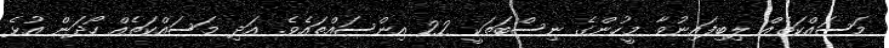
މަސައްކަތެއް ލިބިފައިނުވާ މީހުންގެ ނިސްބަތަކީ 22 އިންސައްތައެވެ. އަދި މަސައްކަތެއް ހޯދަން އުޅެ